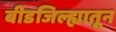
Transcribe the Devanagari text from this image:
बीडजिल्ह्यातून